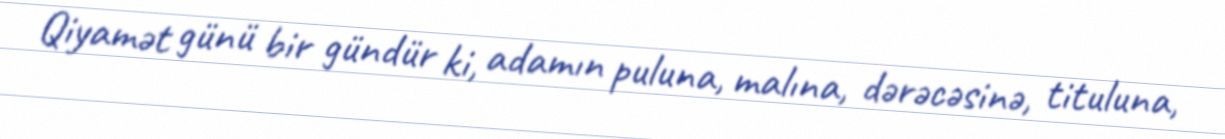
Qiyamət günü bir gündür ki, adamın puluna, malına, dərəcəsinə, tituluna,